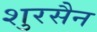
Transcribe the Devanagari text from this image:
शुरसैन